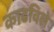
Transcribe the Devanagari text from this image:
काढविले